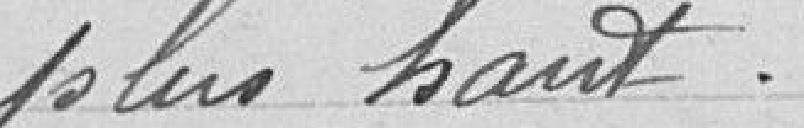
plus haut.